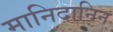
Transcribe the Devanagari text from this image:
मानिदानिन